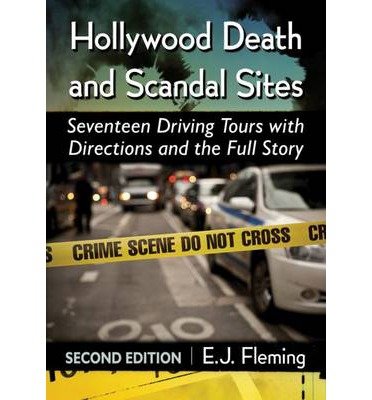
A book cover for Hollywood Death and Scandal Sites: Seventeen Driving Tours with Directions and the Full Story, 2d ed.; E.J. Fleming; Humor & Entertainment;